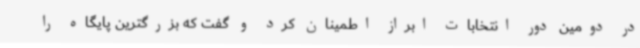
در دومین دور انتخابات ابراز اطمینان کرد و گفت که بزرگترین پایگاه را